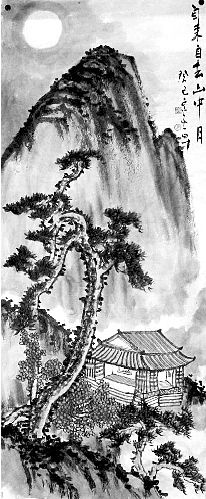
山中夜来月，到晓不曾看。